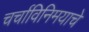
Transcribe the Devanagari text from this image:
चर्चाविनिमयाचे